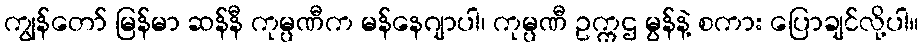
ကျွန်တော် မြန်မာ ဆန်နီ ကုမ္ပဏီက မန်နေဂျာပါ၊ ကုမ္ပဏီ ဥက္ကဌ မွန်နဲ့ စကား ပြောချင်လို့ပါ။